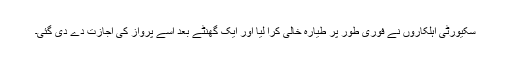
سکیورٹی اہلکاروں نے فوری طور پر طیارہ خالی کرا لیا اور ایک گھنٹے بعد اسے پرواز کی اجازت دے دی گئی۔